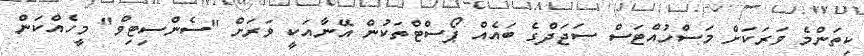
ކިތަންމެ ވަރަކަށް މަސްހުއްޓަސް ސަޖަދްގެ ބައެއް ޕޯސްޓްތަކުން އޭނާއަކީ ވަރަށް "ސެންސިޓިވް" މީހެއްކަން